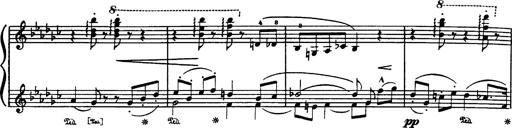
Title: Danza sacra e duetto finale dâ€™Aida
Composer: Franz Liszt